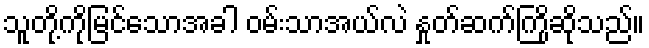
သူတို့ကိုမြင်သောအခါ ဝမ်းသာအယ်လဲ နှုတ်ဆက်ကြိုဆိုသည်။